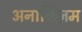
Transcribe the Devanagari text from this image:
अनार्किज़म